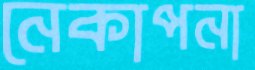
নেকাপনা